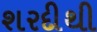
શરદીથી